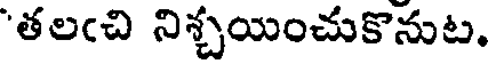
'తలఁచి నిశ్చయించుకొనుట.